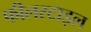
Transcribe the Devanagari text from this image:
फीलस्टाइल